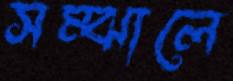
সম্‌ঝালে